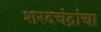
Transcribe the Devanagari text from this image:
शरदचंद्रांचा